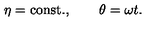
\eta = \mathrm { c o n s t . } , \qquad \theta = \omega t .